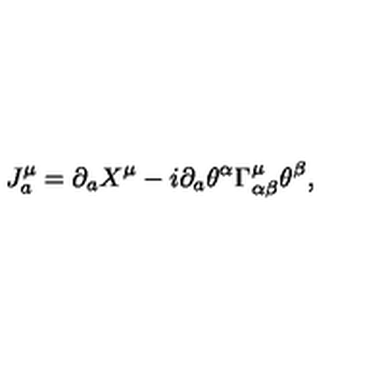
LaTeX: J _ { a } ^ { \mu } = \partial _ { a } X ^ { \mu } - i \partial _ { a } \theta ^ { \alpha } \Gamma _ { \alpha \beta } ^ { \mu } \theta ^ { \beta } ,